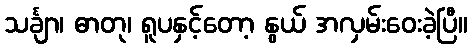
သင်္ချာ၊ ဓာတု၊ ရူပနှင့်တော့ နွယ် အလှမ်းဝေးခဲ့ပြီ။